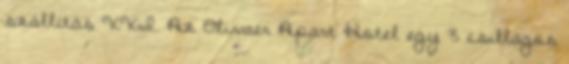
szállítás XXI. Az Olivaer Apart Hotel egy 3 csillagos